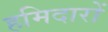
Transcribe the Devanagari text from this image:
हमिदारों